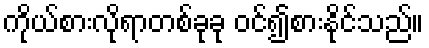
ကိုယ်စားလိုရာတစ်ခုခု ဝင်၍စားနိုင်သည်။